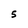
Character: 5